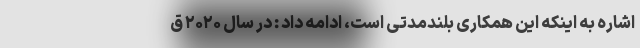
اشاره به اینکه این همکاری بلندمدتی است، ادامه داد : در سال ۲۰۲۰ ق